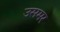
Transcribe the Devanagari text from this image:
उसमर